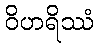
ဝိဟရိဿံ